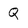
Character: Q